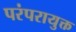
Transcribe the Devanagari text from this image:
परंपरायुक्त